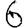
Digit: 6